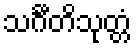
သင်္ဂီတိသုတ္တံ